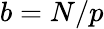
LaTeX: b=N/p